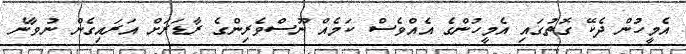
އެމީހުން ދެކޭ ގޮތުގައި އެމީހުންގެ އެއްވެސް ކަމެއް ނޫސްވެރިންގެ ރާޑަރަށް އަރައިގެން ނުވާނެ